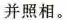
并照相。